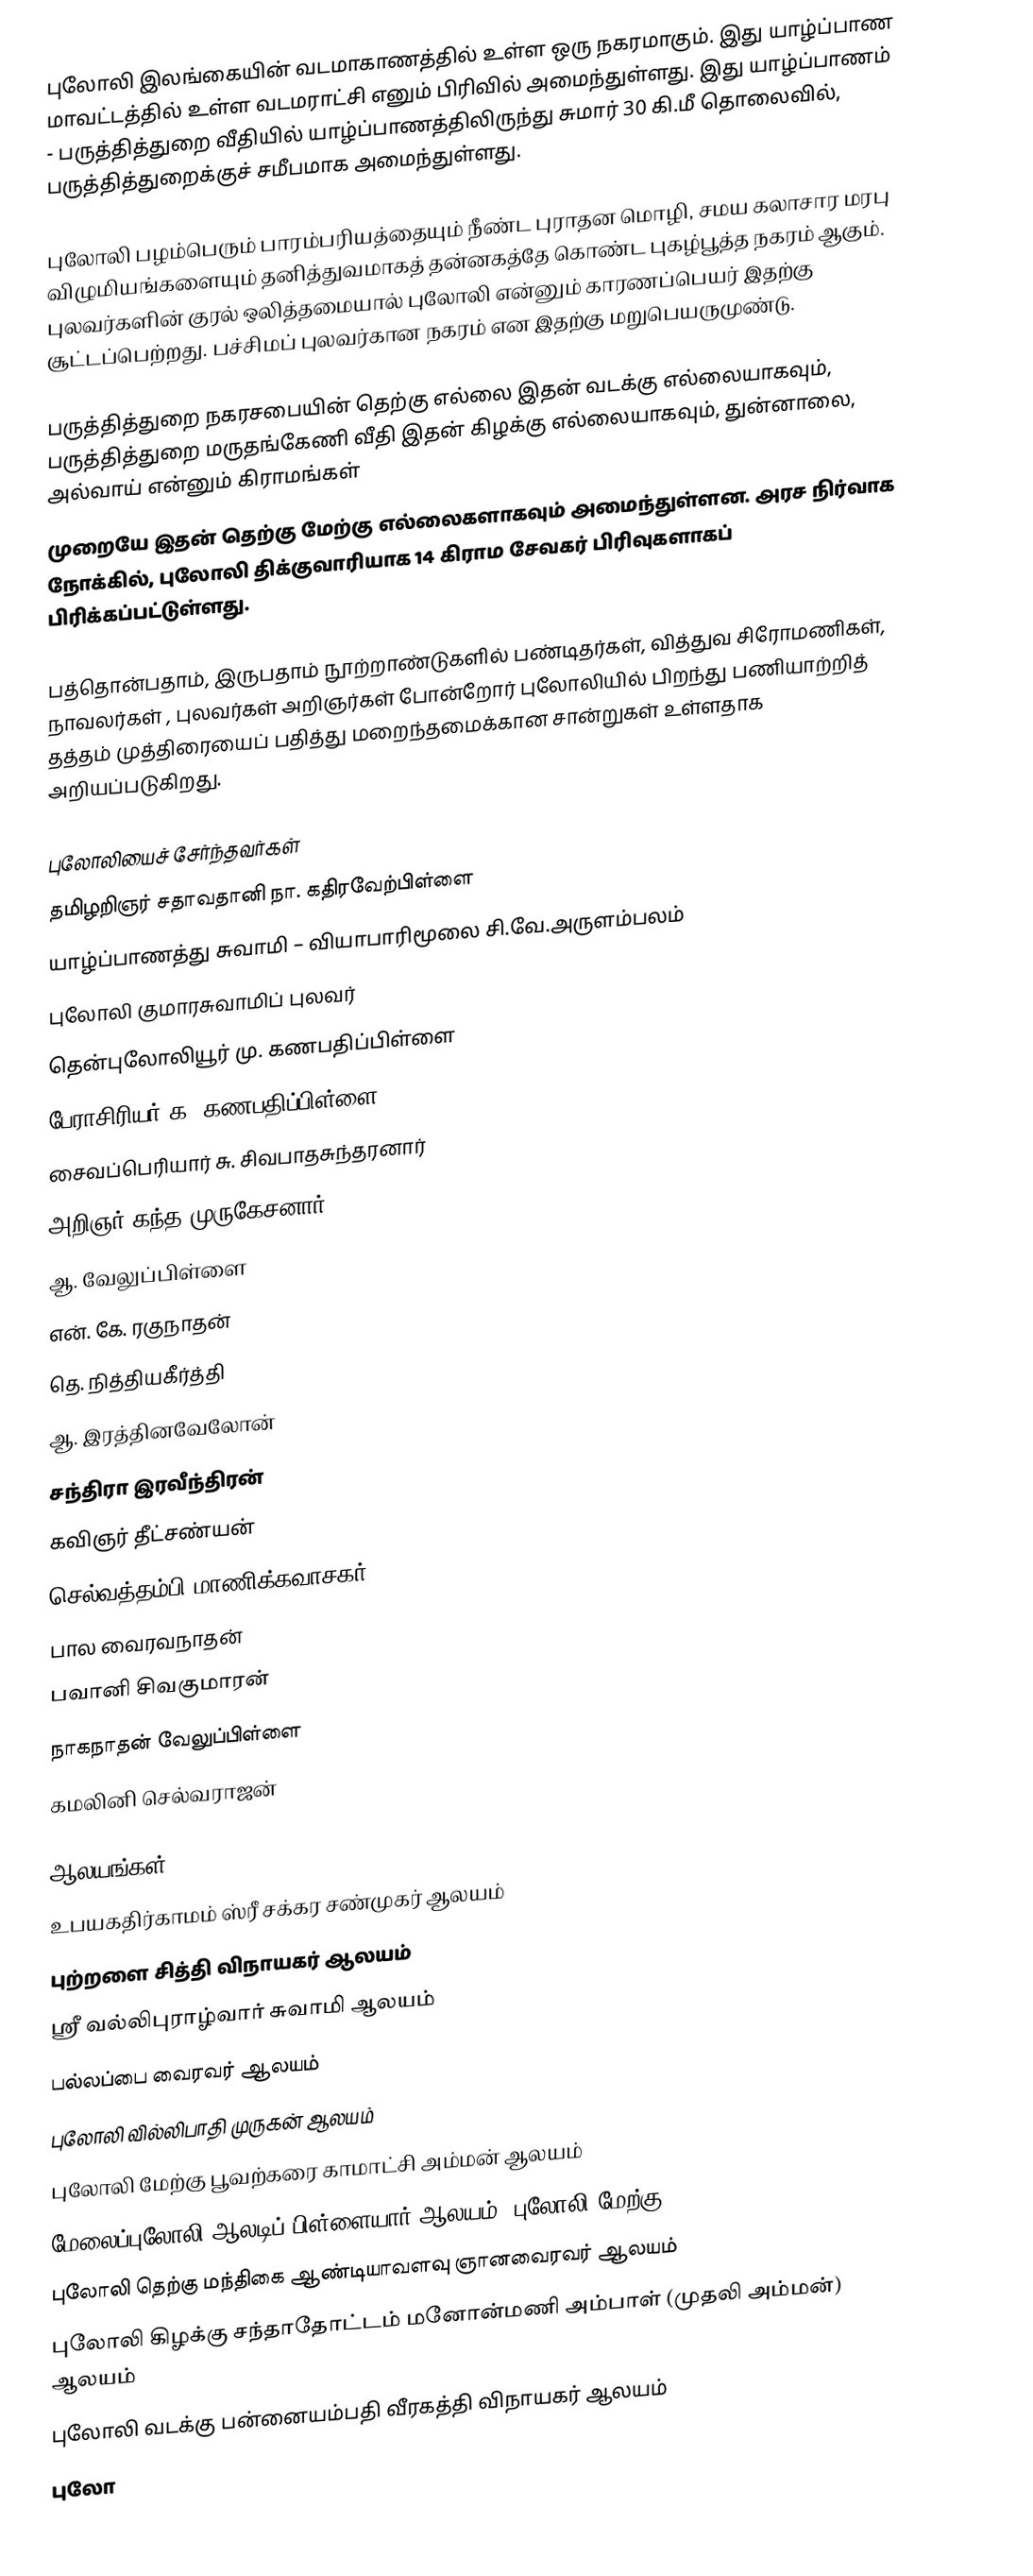
புலோலி இலங்கையின் வடமாகாணத்தில் உள்ள ஒரு நகரமாகும். இது யாழ்ப்பாண மாவட்டத்தில் உள்ள வடமராட்சி எனும் பிரிவில் அமைந்துள்ளது. இது யாழ்ப்பாணம் - பருத்தித்துறை வீதியில் யாழ்ப்பாணத்திலிருந்து சுமார் 30 கி.மீ தொலைவில், பருத்தித்துறைக்குச் சமீபமாக அமைந்துள்ளது.

புலோலி பழம்பெரும் பாரம்பரியத்தையும் நீண்ட புராதன மொழி, சமய கலாசார மரபு விழுமியங்களையும் தனித்துவமாகத் தன்னகத்தே கொண்ட புகழ்பூத்த நகரம்  ஆகும். புலவர்களின் குரல் ஒலித்தமையால் புலோலி என்னும் காரணப்பெயர் இதற்கு சூட்டப்பெற்றது. பச்சிமப் புலவர்கான நகரம் என இதற்கு மறுபெயருமுண்டு.

பருத்தித்துறை நகரசபையின் தெற்கு எல்லை இதன் வடக்கு எல்லையாகவும், பருத்தித்துறை மருதங்கேணி வீதி இதன் கிழக்கு எல்லையாகவும், துன்னாலை, அல்வாய் என்னும் கிராமங்கள்
முறையே இதன் தெற்கு மேற்கு எல்லைகளாகவும் அமைந்துள்ளன. அரச நிர்வாக நோக்கில், புலோலி திக்குவாரியாக 14 கிராம சேவகர் பிரிவுகளாகப் பிரிக்கப்பட்டுள்ளது.

பத்தொன்பதாம், இருபதாம் நூற்றாண்டுகளில் பண்டிதர்கள், வித்துவ சிரோமணிகள், நாவலர்கள் , புலவர்கள்  அறிஞர்கள் போன்றோர் புலோலியில் பிறந்து பணியாற்றித் தத்தம் முத்திரையைப் பதித்து மறைந்தமைக்கான சான்றுகள் உள்ளதாக அறியப்படுகிறது.

புலோலியைச் சேர்ந்தவர்கள்
 தமிழறிஞர் சதாவதானி நா. கதிரவேற்பிள்ளை
 யாழ்ப்பாணத்து சுவாமி – வியாபாரிமூலை சி.வே.அருளம்பலம்
 புலோலி குமாரசுவாமிப் புலவர்
 தென்புலோலியூர் மு. கணபதிப்பிள்ளை
 பேராசிரியர் க. கணபதிப்பிள்ளை
 சைவப்பெரியார் சு. சிவபாதசுந்தரனார்
 அறிஞர் கந்த முருகேசனார்
 ஆ. வேலுப்பிள்ளை
 என். கே. ரகுநாதன்
 தெ. நித்தியகீர்த்தி
 ஆ. இரத்தினவேலோன்
 சந்திரா இரவீந்திரன்
 கவிஞர் தீட்சண்யன்
 செல்வத்தம்பி மாணிக்கவாசகர்
 பால வைரவநாதன்
 பவானி சிவகுமாரன்
 நாகநாதன் வேலுப்பிள்ளை
 கமலினி செல்வராஜன்

ஆலயங்கள்
 உபயகதிர்காமம் ஸ்ரீ சக்கர சண்முகர் ஆலயம்
 புற்றளை சித்தி விநாயகர் ஆலயம்
 ஸ்ரீ வல்லிபுராழ்வார் சுவாமி ஆலயம்
 பல்லப்பை வைரவர் ஆலயம்
 புலோலி வில்லிபாதி முருகன் ஆலயம்
 புலோலி மேற்கு பூவற்கரை காமாட்சி அம்மன் ஆலயம்
 மேலைப்புலோலி ஆலடிப் பிள்ளையார் ஆலயம் (புலோலி மேற்கு)
 புலோலி தெற்கு மந்திகை ஆண்டியாவளவு ஞானவைரவர் ஆலயம்
 புலோலி கிழக்கு சந்தாதோட்டம் மனோன்மணி அம்பாள் (முதலி அம்மன்) ஆலயம்
 புலோலி வடக்கு பன்னையம்பதி வீரகத்தி விநாயகர் ஆலயம்
 புலோ